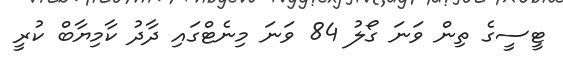
ޓީސީގެ ތިން ވަނަ ގޯލު 84 ވަނަ މިނެޓްގައި ދާދު ކާމިޔާބް ކުރީ